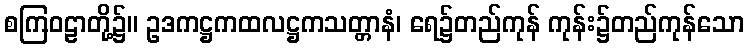
စကြဝဠာတို့၌။ ဥဒကဋ္ဌကထလဋ္ဌကသတ္တာနံ၊ ရေ၌တည်ကုန် ကုန်း၌တည်ကုန်သော